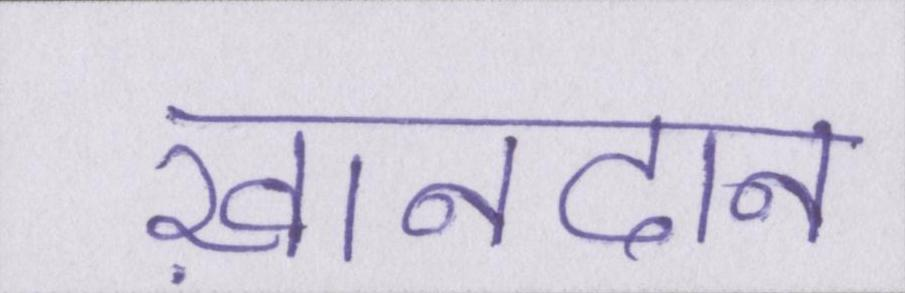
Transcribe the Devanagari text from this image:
ख़ानदान